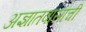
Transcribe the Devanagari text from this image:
अज्ञातवासाची